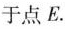
于点E.